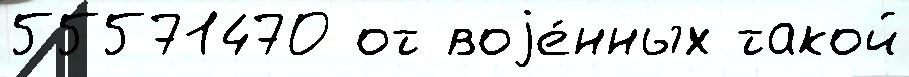
55571470 от воjе́нных такой